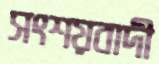
সংশয়বাদী